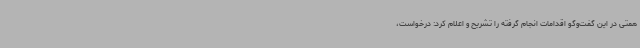
همتی در این گفت‌وگو اقدامات انجام گرفته را تشریح و اعلام کرد: درخواست،